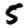
Digit: 5